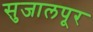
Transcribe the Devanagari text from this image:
सुजालपूर